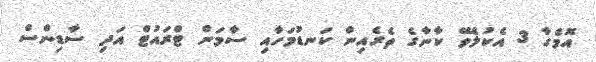
އޮމެގާ 3 އެކުލެވޭ ކާނާގެ ތެރެއިން ކަނޑުމަހާއި ސާމަން ޓްރައުޓް އަދި ސާޑިންސް